Distribution and causation of leprosy in British India
Year: 1875
Disease focus: Leprosy
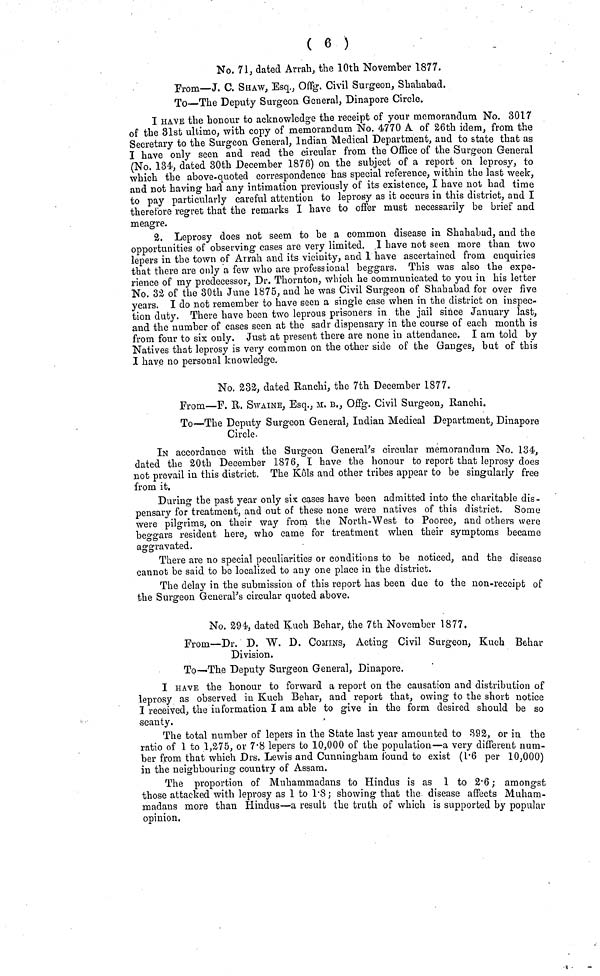
( 6 )
No. 71, dated Arrah, the 10th November 1877.
From—J. C. SHAW, Esq., Offg. Civil Surgeon, Shahabad.
To—The Deputy Surgeon General, Dinapore Circle.
I HAVE the honour to acknowledge the receipt of your memorandum No. 3017
of the 31st ultimo, with copy of memorandum No. 4770 A of 26th idem, from the
Secretary to the Surgeon General, Indian Medical Department, and to state that as
I have only seen and read the circular from the Office of the Surgeon General
(No. 134, dated 30th December 1876) on the subject of a report on leprosy, to
which the above-quoted correspondence has special reference, within the last week,
and not having had any intimation previously of its existence, I have not had time
to pay particularly careful attention to leprosy as it occurs in this district, and I
therefore regret that the remarks I have to offer must necessarily be brief and
meagre.
2. Leprosy does not seem to be a common disease in Shahabad, and the
opportunities of observing cases are very limited. I have not seen more than two
lepers in the town of Arrah and its vicinity, and 1 have ascertained from enquiries
that there are only a few who are professional beggars. This was also the expe-
rience of my predecessor, Dr. Thornton, which he communicated to you in his letter
No. 32 of the 30th June 1875, and he was Civil Surgeon of Shahabad for over five
years. I do not remember to have seen a single case when in the district on inspec-
tion duty. There have been two leprous prisoners in the jail since January last,
and the number of cases seen at the sadr dispensary in the course of each month is
from four to six only. Just at present there are none in attendance. I am told by
Natives that leprosy is very common on the other side of the Gauges, but of this
I have no personal knowledge.
No. 232, dated Ranchi, the 7th December 1877.
From—F. R. SWAINE, Esq., M. B., Offg. Civil Surgeon, Ranchi.
To—The Deputy Surgeon General, Indian Medical Department, Dinapore
Circle.
IN accordance with the Surgeon General's circular memorandum No. 134,
dated the 20th December 1876, I have the honour to report that leprosy does
not prevail in this district. The Kôls and other tribes appear to be singularly free
from it.
During the past year only six cases have been admitted into the charitable dis-
pensary for treatment, and out of these none were natives of this district. Some
were pilgrims, on their way from the North-West to Pooree, and others were
beggars resident here, who came for treatment when their symptoms became
aggravated.
There are no special peculiarities or conditions to be noticed, and the disease
cannot be said to be localized to any one place in the district.
The delay in the submission of this report has been due to the non-receipt of
the Surgeon General's circular quoted above.
No. 294, dated Kuch Behar, the 7th November 1877.
From—Dr. D. W. D. COMINS, Acting Civil Surgeon, Kuch Behar
Division.
To—The Deputy Surgeon General, Dinapore.
I HAVE the honour to forward a report on the causation and distribution of
leprosy as observed in Kuch Behar, and report that, owing to the short notice
I received, the information I am able to give in the form desired should be so
scanty.
The total number of lepers in the State last year amounted to 392, or in the
ratio of 1 to 1,275, or 7.8 lepers to 10,000 of the population—a very different num-
ber from that which Drs. Lewis and Cunningham found to exist (1.6 per 10,000)
in the neighbouring country of Assam.
The proportion of Muhammadans to Hindus is as 1 to 2.6; amongst
those attacked with leprosy as 1 to 1.8; showing that the disease affects Muham-
madans more than Hindus—a result the truth of which is supported by popular
opinion.